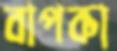
বাপকা